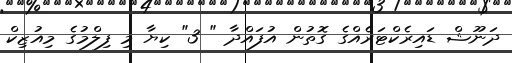
ދަނޫޝް ޑައިރެކްޓަރެއްގެ ގޮތުން އުފައްދާ " 3" ކިޔާ މި ފިލްމުގެ މިއުޒިކް